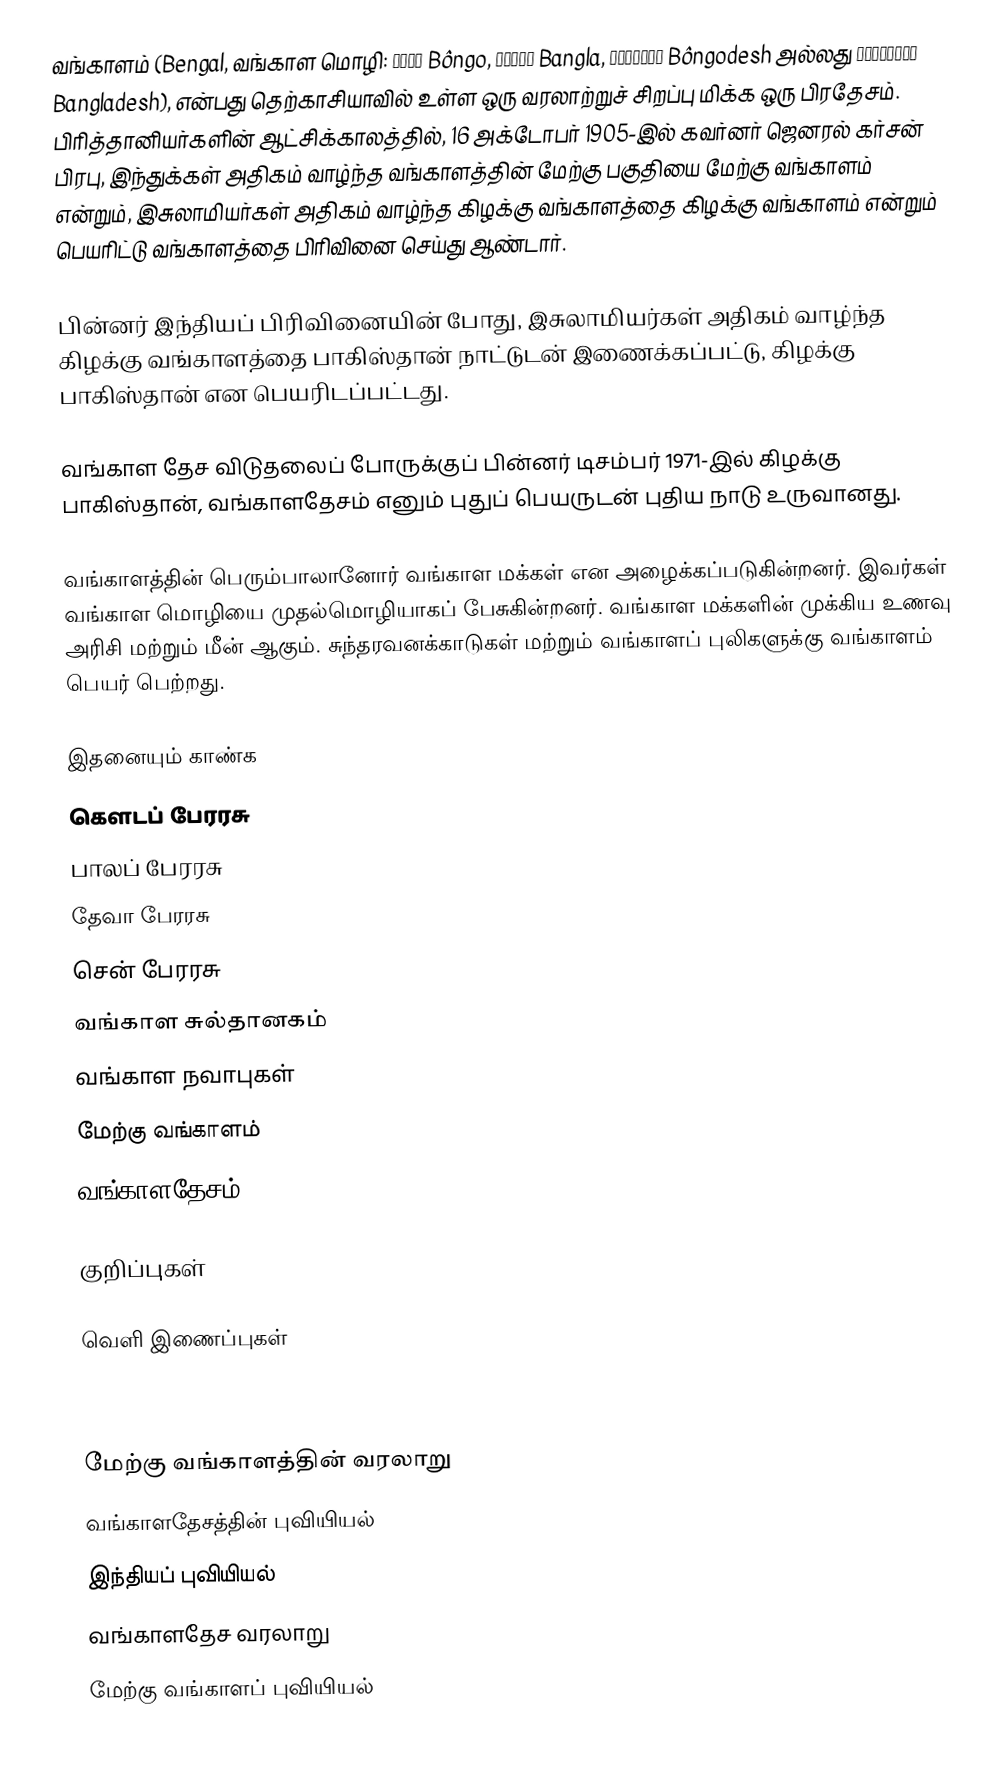
வங்காளம் (Bengal, வங்காள மொழி: বঙ্গ Bôngo, বাংলা Bangla, বঙ্গদেশ Bôngodesh அல்லது বাংলাদেশ Bangladesh), என்பது தெற்காசியாவில் உள்ள ஒரு வரலாற்றுச் சிறப்பு மிக்க ஒரு பிரதேசம். பிரித்தானியர்களின் ஆட்சிக்காலத்தில், 16 அக்டோபர்  1905-இல் கவர்னர் ஜெனரல் கர்சன் பிரபு, இந்துக்கள் அதிகம் வாழ்ந்த வங்காளத்தின் மேற்கு பகுதியை மேற்கு வங்காளம் என்றும், இசுலாமியர்கள் அதிகம் வாழ்ந்த கிழக்கு வங்காளத்தை  கிழக்கு வங்காளம் என்றும் பெயரிட்டு வங்காளத்தை பிரிவினை செய்து ஆண்டார்.

பின்னர் இந்தியப் பிரிவினையின் போது, இசுலாமியர்கள் அதிகம் வாழ்ந்த கிழக்கு வங்காளத்தை பாகிஸ்தான் நாட்டுடன் இணைக்கப்பட்டு, கிழக்கு பாகிஸ்தான் என பெயரிடப்பட்டது.

வங்காள தேச விடுதலைப் போருக்குப் பின்னர் டிசம்பர் 1971-இல் கிழக்கு பாகிஸ்தான்,  வங்காளதேசம் எனும் புதுப் பெயருடன் புதிய நாடு உருவானது.

வங்காளத்தின் பெரும்பாலானோர் வங்காள மக்கள் என அழைக்கப்படுகின்றனர். இவர்கள் வங்காள மொழியை முதல்மொழியாகப் பேசுகின்றனர். வங்காள மக்களின் முக்கிய உணவு அரிசி மற்றும் மீன் ஆகும்.  சுந்தரவனக்காடுகள் மற்றும் வங்காளப் புலிகளுக்கு வங்காளம் பெயர் பெற்றது.

இதனையும் காண்க
 கௌடப் பேரரசு
 பாலப் பேரரசு
 தேவா பேரரசு
 சென் பேரரசு
 வங்காள சுல்தானகம்
 வங்காள நவாபுகள்
 மேற்கு வங்காளம்
 வங்காளதேசம்

குறிப்புகள்

வெளி இணைப்புகள்
 www.hostkingdom.net- List of rulers of Bengal

மேற்கு வங்காளத்தின் வரலாறு
வங்காளதேசத்தின் புவியியல்
இந்தியப் புவியியல்
வங்காளதேச வரலாறு
மேற்கு வங்காளப் புவியியல்